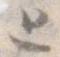
と